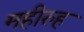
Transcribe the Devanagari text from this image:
महीरुह